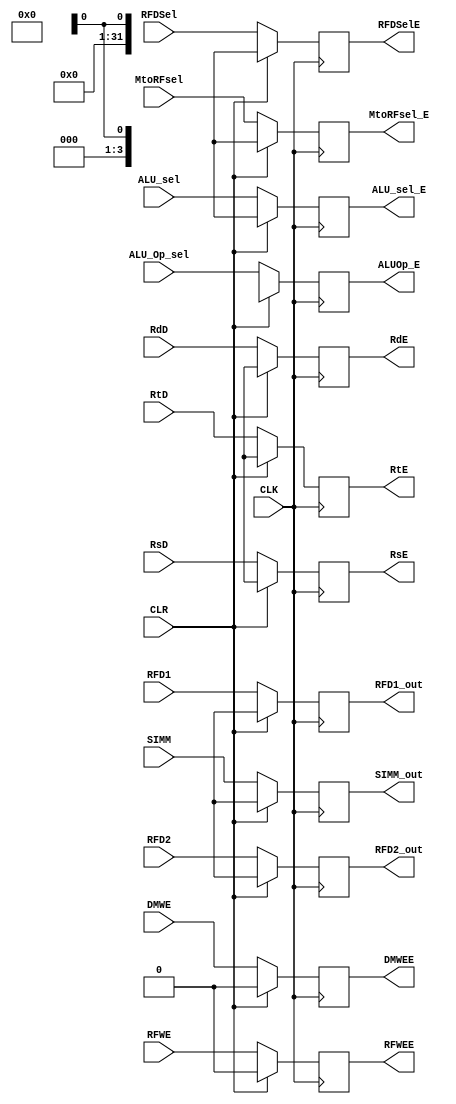
`timescale 1ns / 1ps
//////////////////////////////////////////////////////////////////////////////////
// Company: 
// Engineer: 
// 
// Design Name: 
// Module Name: Pipe_EX
// Project Name: 
// Target Devices: 
// Tool Versions: 
// Description: 
// 
// Dependencies: 
// 
// Revision:
// Revision 0.01 - File Created
// Additional Comments:
// 
//////////////////////////////////////////////////////////////////////////////////


module Pipe_EX( 

    input CLK,CLR,
    input  RFWE,
    input  RFDSel,
    input  DMWE,
    input  MtoRFsel,
    input  [3:0] ALU_Op_sel,
    input   ALU_sel,  
    
    output reg  RFWEE,
    output reg  RFDSelE,
    output reg  DMWEE,
    output reg  MtoRFsel_E,
    output reg  [3:0] ALUOp_E,
    output reg   ALU_sel_E,
    
    input [4:0]  RsD,RtD,RdD,
    output reg [4:0]  RsE,RtE,RdE,
    
    input [31:0] SIMM ,
    output reg [31:0] SIMM_out, 
    
    input [31:0]  RFD1,RFD2 ,
    output reg [31:0] RFD1_out,RFD2_out 
     
    );
    
    always @(posedge CLK) begin
    
    if(CLR) begin
     RFWEE <= 1'b0;       
    RFDSelE <= 1'bx;            
    DMWEE <= 1'b0;        
    MtoRFsel_E <= 1'bx;    
    ALUOp_E <= 1'bx;
    ALU_sel_E <= 1'bx;
 
    RFD1_out <=1'bx;
    RFD2_out<=1'bx;
    RsE<= 1'bx;
    RtE<= 1'bx;
    RdE<= 1'bx;
    SIMM_out<= 1'bx;        //maybe 0s
    
    
    end
    
    else begin
     
    RFWEE <= RFWE;       
    RFDSelE <= RFDSel;            
    DMWEE <= DMWE;        
    MtoRFsel_E <= MtoRFsel;    
    ALUOp_E <= ALU_Op_sel;
    ALU_sel_E <= ALU_sel;
 
    RFD1_out <=RFD1;
    RFD2_out<=RFD2;
    RsE<= RsD;
    RtE<= RtD;
    RdE<= RdD;
    SIMM_out<= SIMM;
    
    
    end
    
    
    
    end 
    
    
    
    
//    always@(negedge CLK) begin
    
//    RFWEE <= RFWE;       
//    RFDSelE <= RFDSel;            
//    DMWEE <= DMWE;        
//    MtoRFsel_E <= MtoRFsel;    
//    ALUOp_E <= ALU_Op_sel;
//    ALU_sel_E <= ALU_sel;
 
//    RFD1_out <=RFD1;
//    RFD2_out<=RFD2;
//    RsE<= RsD;
//    RtE<= RtD;
//    RdE<= RdD;
//    SIMM_out<= SIMM;
    
    
    
//    end
    
    
    
    
    endmodule